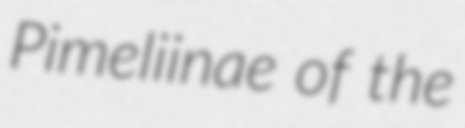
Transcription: Pimeliinae of the